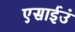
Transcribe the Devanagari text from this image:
एसाईउं